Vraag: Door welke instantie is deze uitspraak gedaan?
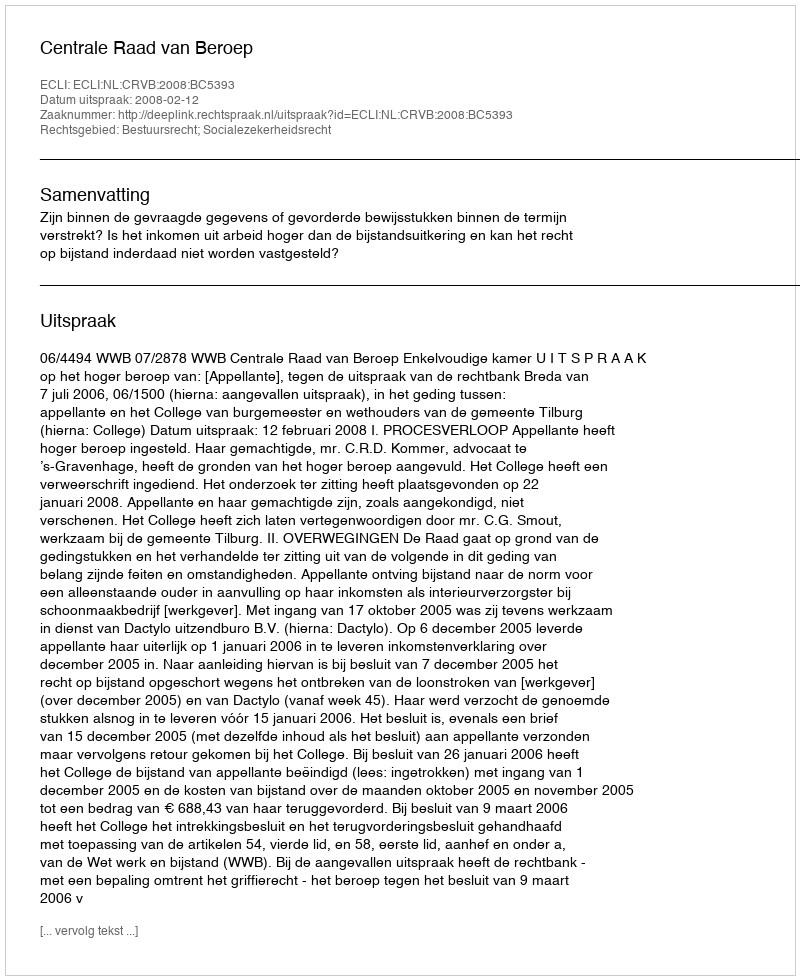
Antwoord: Centrale Raad van Beroep